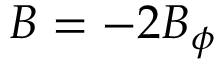
B = - 2 B _ { \phi }